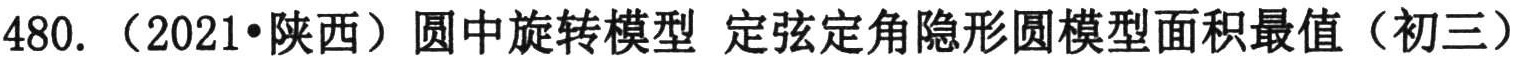
480.（2021•陕西）圆中旋转模型 定弦定角隐形圆模型面积最值（初三）